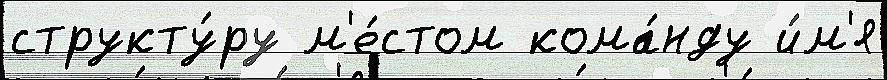
структу́ру м'е́стом кома́нду и́м'я